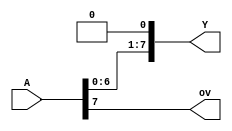
`timescale 1ns / 1ps
//////////////////////////////////////////////////////////////////////////////////
// Company: 
// Engineer: 
// 
// Design Name: 
// Module Name:    ShiftLeft 
// Project Name: 
// Target Devices: 
// Tool versions: 
// Description: 
//
// Dependencies: 
//
// Revision: 
// Revision 0.01 - File Created
// Additional Comments: 
//
//////////////////////////////////////////////////////////////////////////////////
module ShiftLeft(
    input [7:0] A,
    output [7:0] Y,
    output ov
    );

	assign ov = A[7];
	assign Y = A << 1;

endmodule